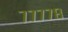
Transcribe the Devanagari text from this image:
७७७७८